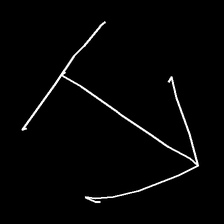
Glyph: levitation